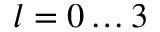
l = 0 \dots 3